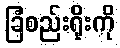
ခြံစည်းရိုးကို